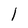
Character: l